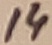
Text: 14